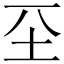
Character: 𡉊